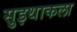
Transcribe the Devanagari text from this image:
सुइथाकला